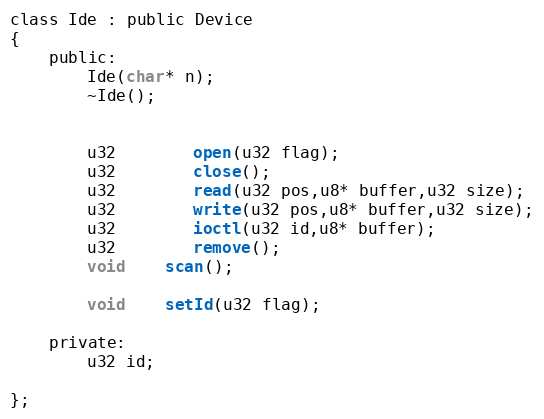
Language: C
class Ide : public Device
{
	public:
		Ide(char* n);
		~Ide();

		u32		open(u32 flag);
		u32		close();
		u32		read(u32 pos,u8* buffer,u32 size);
		u32		write(u32 pos,u8* buffer,u32 size);
		u32		ioctl(u32 id,u8* buffer);
		u32		remove();
		void	scan();

		void	setId(u32 flag);

	private:
		u32 id;

};